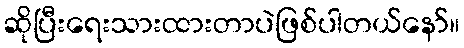
ဆိုပြီးရေးသားထားတာပဲဖြစ်ပါတယ်နော်။